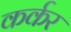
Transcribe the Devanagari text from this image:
कर्कर